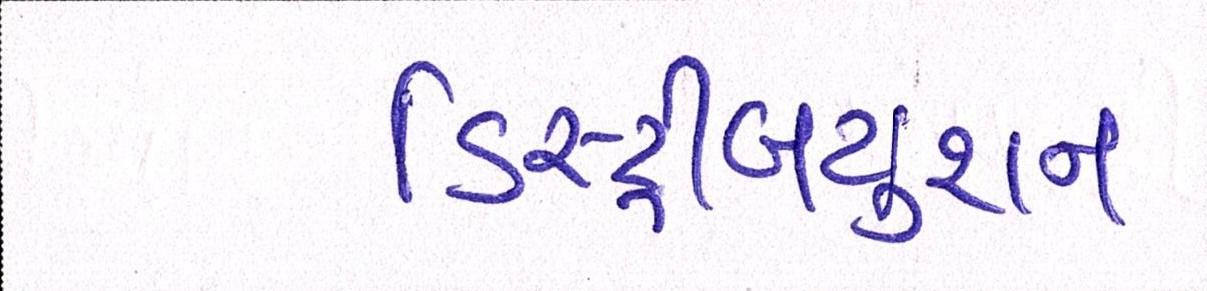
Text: ડિસ્ટ્રીબયુશન